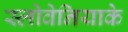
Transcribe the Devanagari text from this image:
स्लोवेनियाके